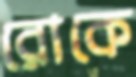
রোকে